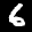
Label: 6